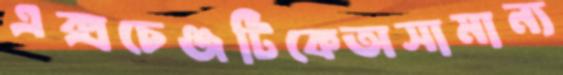
এক্সচেঞ্জটিকেঅসামান্য